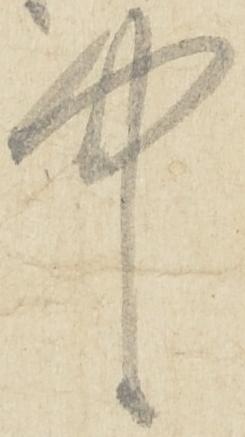
中